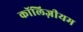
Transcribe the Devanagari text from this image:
कॉलिज़ीयम